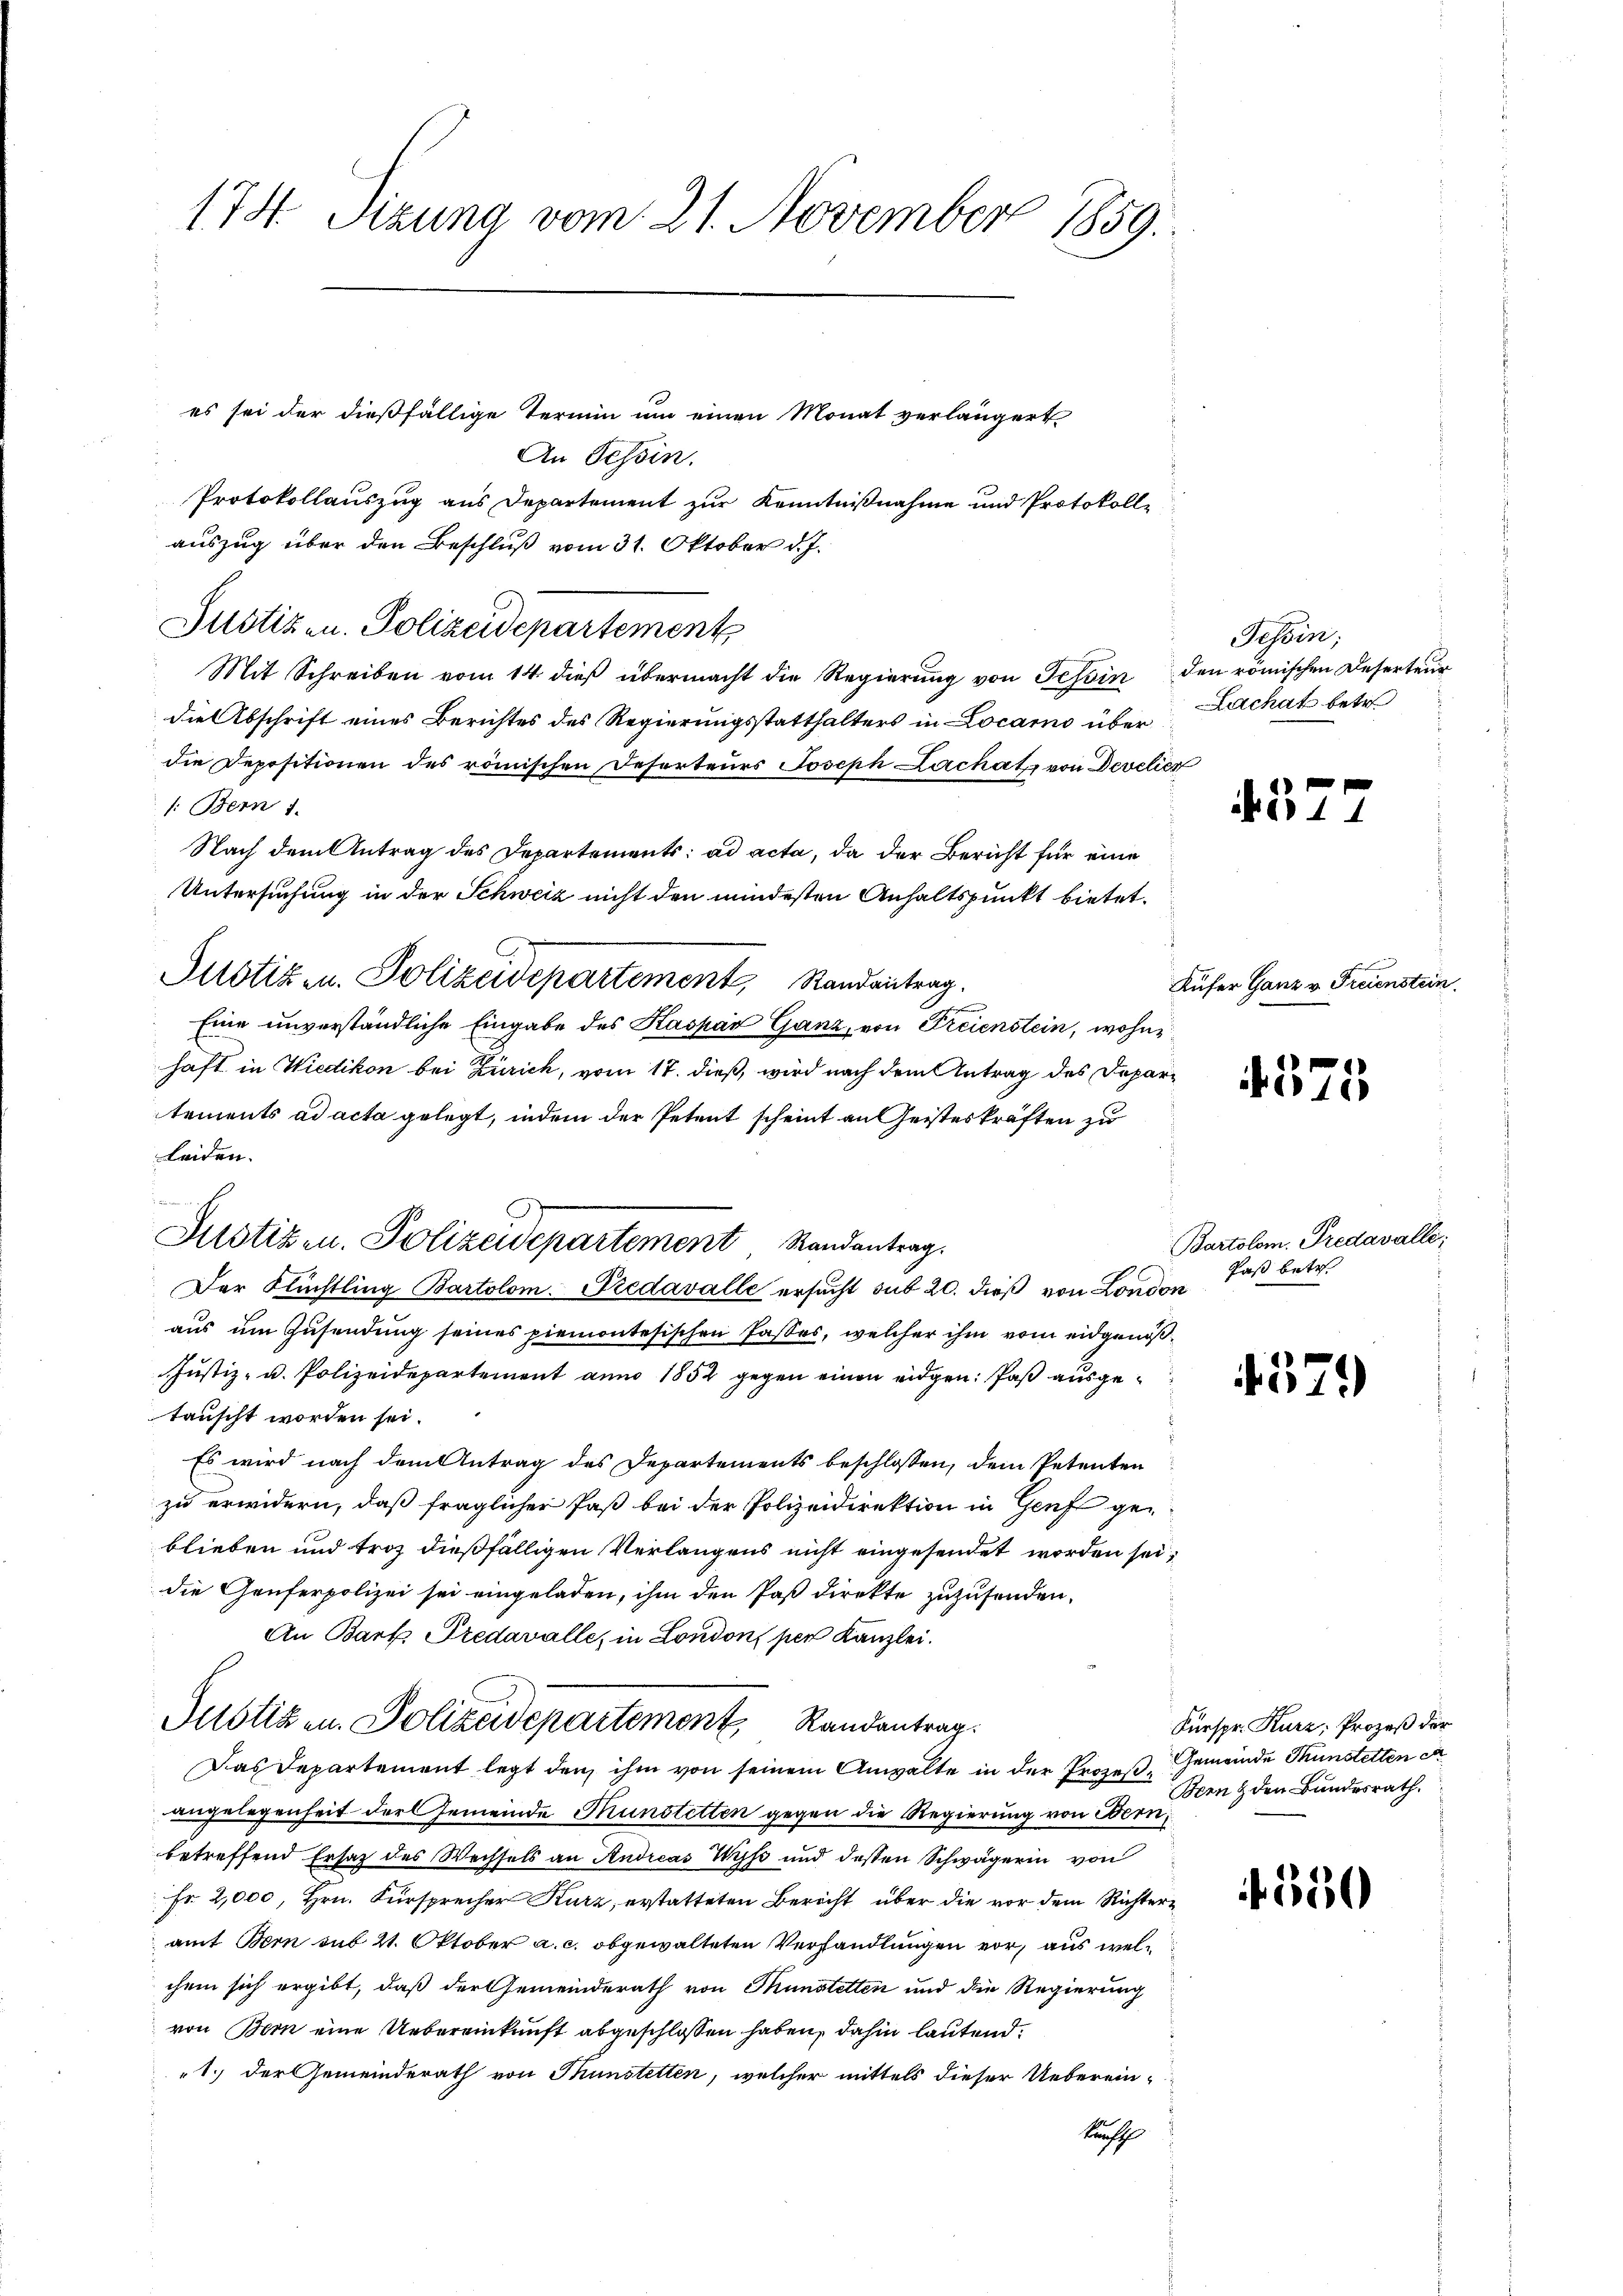
174 Sizung vom 21. November 1859.

es sei der dießfällige Termin um einen Monat verlängert
An Tessin.
Protokollauszug aus Departement zur Kenntnißnahme und Protokolle
auszug über den Beschluß vom 31. Oktober d. J.
Justizen. Polizeidepartement
Mit Schreiben vom 14. dieß übermacht die Regierung von Tessin den römischen Deserteur
die Abschrift eines Berichtes des Regierungsstatthalters in Locamo über
die Depositionen des römischen Referteurs Joseph Lachatz von Develier
/: Bern 1.
Nach dem Antrag des Departements: ad acta, da der Bericht für eine
Untersuchung in der Schweiz nicht den mindesten Anhaltspunkt bietet.
Justiz- u. Polizeidepartement, Randantrag.
Eine unverständliche Eingabe des Kaspar Ganz, von Freienstein, wohnhaft in Wiedikon bei Zürich, vom 17. dieß, wird nach dem Antrag des Departements ad acta gelegt, indem der Petent scheint an Geisteskräften zu
Leiden.
Der Flüchtling Bartolom-Fredavalle ersucht sub 20. dieß von London
aus um Zusendung seines piemontesischen Passos, welcher ihm vom eidgenöß¬
Justiz- u. Polizeidepartement anno 1852 gegen einen eidgen: Paß ausgetauscht worden sei.
Es wird nach dem Antrag des Departements beschlossen, dem Petenten
zu erwidern, daß fraglicher Paß bei der Polizeidirektion in Genf geblieben und troz dießfälligen Verlangens nicht eingesendet worden sei,
die Genferpolizei sei eingeladen, ihm den Paß direkte zuzusenden.
An Bart Fredavalle, in London, per Kanzlei.
Justizen. Polizeidepartement, Randantrag.
Das Departement legt den ihm von seinem Anwalte in der Prozeß Gemeinde Thunstetten en
angelegenheit der Gemeinde Münstetten gegen die Regierung von Bern,
betreffend Ersatz des Wechsels an Andreas Wyss und dessen Schwägerin von
Fr. 2,000, Hrn. Fürsprecher Kurz, erstatteten Bericht über die vor dem Richtern
amt Bern sub 21. Oktober a. c. abgewalteten Verhandlungen vor, aus welchem sich ergibt, daß der Gemeinderath von Münstetten und die Regierung
von Bern eine Uebereinkunft abgeschlossen haben, dahin lautend.
1. der Gemeinderath von Tunstetten, welcher mittels dieser Ueberein-
Kunsth

Justizen. Polizeidepartement Randantrag

Tessin;
Lachat betr.

4577

Küfer Ganz v. Freienstein.

375

Bartolom. Predavalle:
Pas betr.

57

Fürspr. Kurz, Prozeß der
Bern & den Bundesrath.

f 550